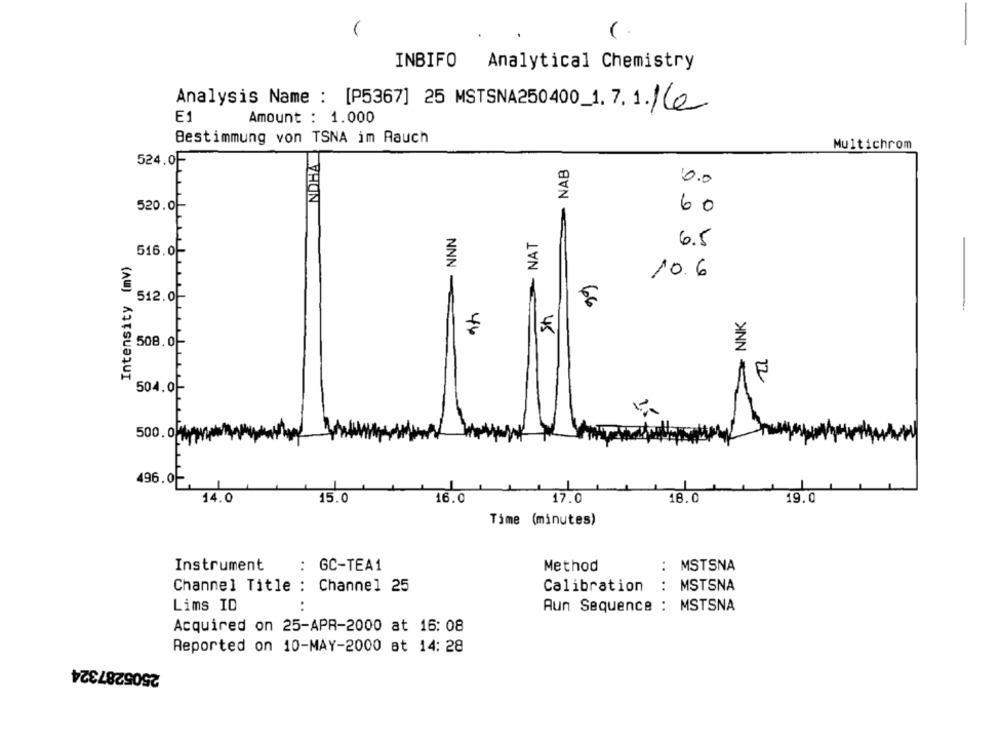
INBIFO
Analytical Chemistry
Analysis Name : [P5367] 25 MSTSNA250400_1. 7.1.16e
E1
Amount : 1.000
Bestimmung von TSNA im Rauch
NOHA
Multichrom
524.0F
- NAB
10.0
60
520.0-
- NNN
NAT
6.5
516.0-
T
Intensity (mv)
10.6
512.0
Sh
NNK
508.0
F
504.0
500.00
496.0
19.0
14.0
15.0
16.0
17.0
18.0
Time (minutes)
Instrument
: GC-TEA1
Method
: MSTSNA
Channel Title : Channel 25
Calibration
: MSTSNA
Lims ID
Aun Sequence : MSTSNA
Acquired on 25-APR-2000 at 16: 08
Reported on 10-MAY-2000 at 14: 28
2505287324